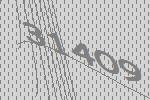
31409